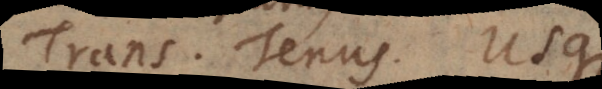
Trans. Tenus. Usque.